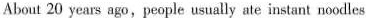
About 20 years ago,people usually ate instant noodles